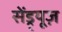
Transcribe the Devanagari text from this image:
सेंड्र्यूज़